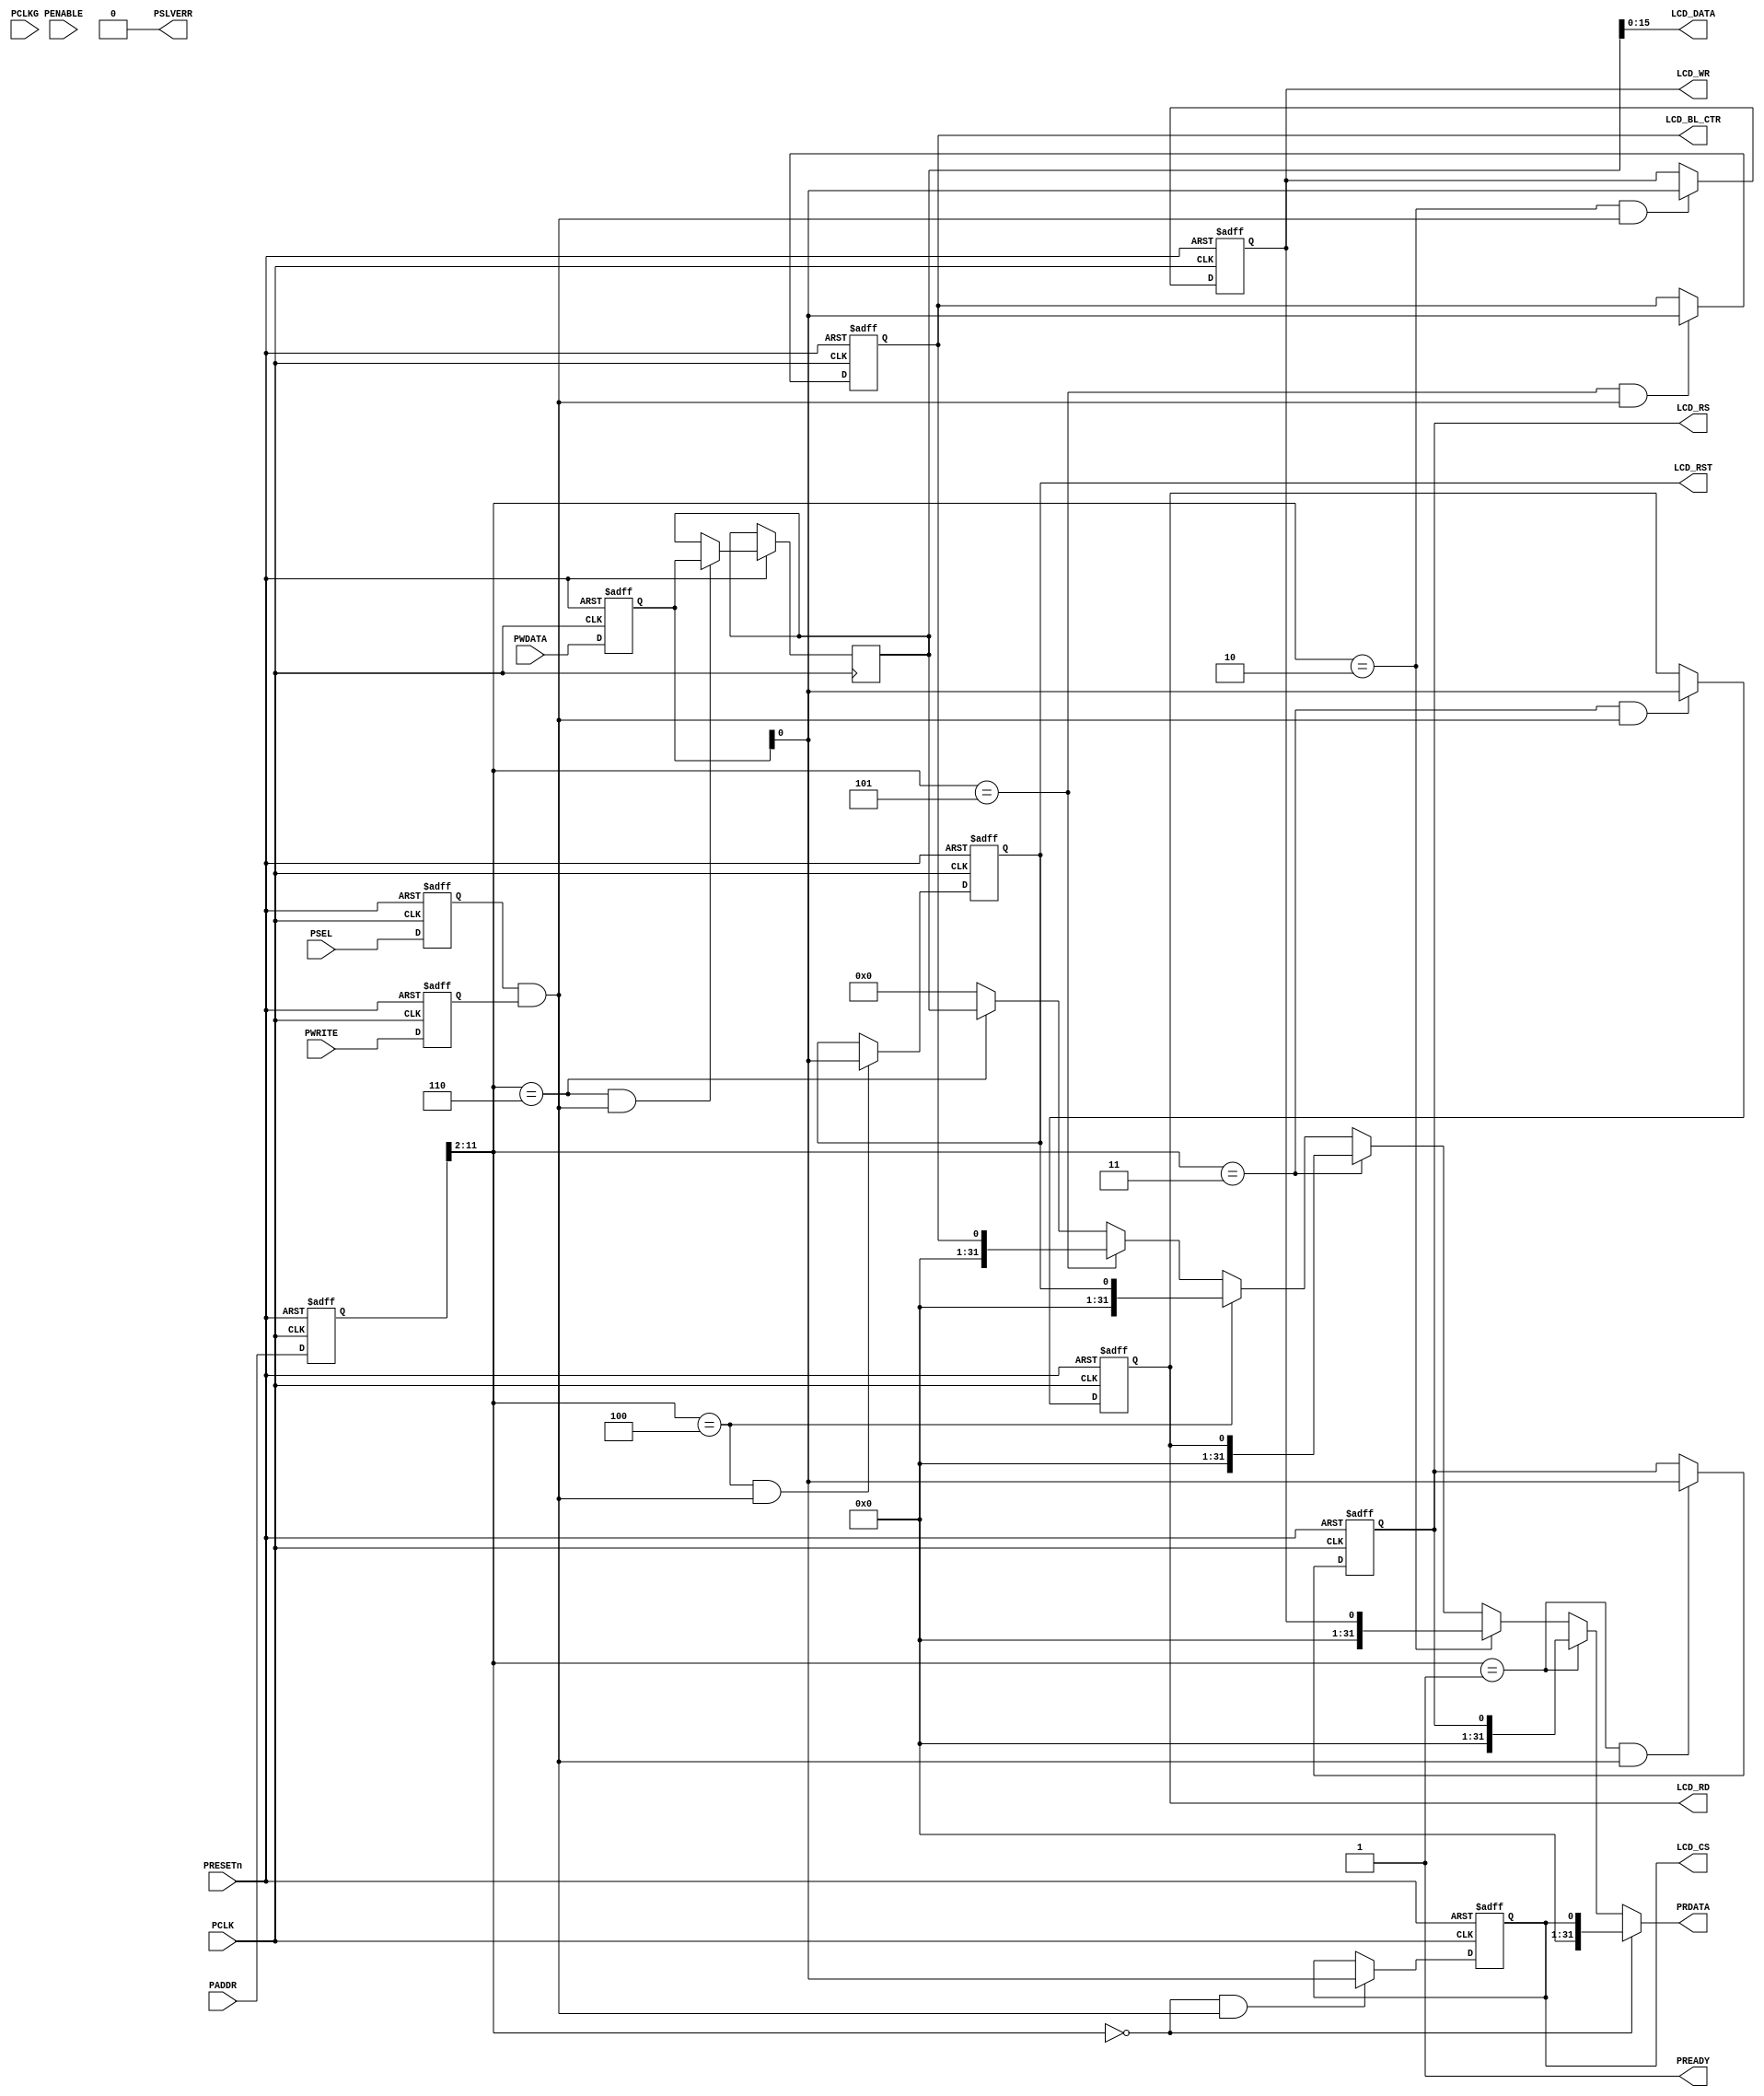
// ----------------------------------------------------------------------------
//  Version and control information:
//  File Revision       : 1.0.0
//  File Date           : 2022-05-13
// ----------------------------------------------------------------------------
// ----------------------------------------------------------------------------

//  Abstract : Meteorolite FPGA APB LCD9341 
//  
// ----------------------------------------------------------------------------
// ---------------------------------------------
// Programmer's model
// 0x00 RW LCD_CS_reg
// 0x04 RW LCD_RS_reg
// 0x08 RW LCD_WR_reg
// 0x0C RW LCD_RD_reg
// 0x10 RW LCD_RST_reg
// 0x14 RW LCD_BL_CTR_reg
// 0x18 RW LCD_DATA_reg
module APB_LCD_9341 (
    input  wire             PCLK,    // PCLK for timer operation
    input  wire             PCLKG,   // Gated clock
    input  wire             PRESETn, // Reset

    input  wire             PSEL,
    input  wire     [11:0]  PADDR,
    input  wire             PENABLE,
    input  wire             PWRITE,
    input  wire     [31:0]  PWDATA,

    output wire     [31:0]  PRDATA,
    output wire             PREADY,
    output wire             PSLVERR,

    output  wire                        LCD_CS,
    output  wire                        LCD_RS,
    output  wire                        LCD_WR,
    output  wire                        LCD_RD,
    output  wire                        LCD_RST,
    output  wire    [15:0]              LCD_DATA,
    output  wire                        LCD_BL_CTR
);

    assign PSLVERR = 1'b0;
    assign PREADY = 1'b1;


    // 
	reg 	   rPSEL;
	reg [11:0] rPADDR;
	reg		   rPWRITE;
    reg [31:0] rPWDATA;
	//
	always @(posedge PCLK or negedge PRESETn) begin
		if(!PRESETn)
			begin
				rPSEL	<= 1'b0;
				rPADDR	<= 32'h0;
				rPWRITE	<= 1'b0;
                rPWDATA <= 32'b0;
			end
		else
		begin
					rPSEL	<= PSEL;
					rPADDR	<= PADDR;
					rPWRITE	<= PWRITE;
                    rPWDATA <= PWDATA;
		end
	end


    wire read_en;
    assign read_en=rPSEL&(~rPWRITE);

    wire write_en;
    assign write_en=rPSEL&(rPWRITE);


    wire        LCD_CS_en;
    wire        LCD_RS_en;
    wire        LCD_WR_en;
    wire        LCD_RD_en;
    wire        LCD_RST_en;
    wire        LCD_BL_CTR_en;
    wire        LCD_DATA_en;

    assign LCD_CS_en        = (rPADDR[11:2] == 10'h0) & write_en;
    assign LCD_RS_en        = (rPADDR[11:2] == 10'h1) & write_en;
    assign LCD_WR_en        = (rPADDR[11:2] == 10'h2) & write_en;
    assign LCD_RD_en        = (rPADDR[11:2] == 10'h3) & write_en;
    assign LCD_RST_en       = (rPADDR[11:2] == 10'h4) & write_en;
    assign LCD_BL_CTR_en    = (rPADDR[11:2] == 10'h5) & write_en;
    assign LCD_DATA_en      = (rPADDR[11:2] == 10'h6) & write_en;

    reg              LCD_CS_reg;
    reg              LCD_RS_reg;
    reg              LCD_WR_reg;
    reg              LCD_RD_reg;
    reg              LCD_RST_reg;
    reg              LCD_BL_CTR_reg;
    reg   [31:0]     LCD_DATA_reg;
    

    always@(posedge PCLK or negedge PRESETn) begin
        if(~PRESETn) begin
            LCD_CS_reg <= 1'b0;
            LCD_RS_reg <= 1'b0;
            LCD_WR_reg <= 1'b0;
            LCD_RD_reg <= 1'b0;
            LCD_RST_reg <= 1'b0;
            LCD_BL_CTR_reg <= 32'b0;
        end 
        else begin
            if (LCD_CS_en) begin
                LCD_CS_reg <= rPWDATA[0];
            end
            if (LCD_RS_en) begin
                LCD_RS_reg <= rPWDATA[0];
            end
            if (LCD_WR_en) begin
                LCD_WR_reg <= rPWDATA[0];
            end
            if (LCD_RD_en) begin
                LCD_RD_reg <= rPWDATA[0];
            end
            if (LCD_RST_en) begin
                LCD_RST_reg <= rPWDATA[0];
            end
            if (LCD_BL_CTR_en) begin
                LCD_BL_CTR_reg <= rPWDATA[0];
            end
            //-----------------------------------------------
            //              DATA
            //-----------------------------------------------
            if (LCD_DATA_en) begin
                LCD_DATA_reg <= rPWDATA;
            end

        end
    end

//-------------------------------------------------------------------       
//                  HRDATA DECODER
//-------------------------------------------------------------------

assign PRDATA =  (      rPADDR[11:2] == 10'h0   ) ?  LCD_CS_reg           :   (         
                    (   rPADDR[11:2] == 10'h1   ) ?  LCD_RS_reg        :   (
                    (   rPADDR[11:2] == 10'h2   ) ?  LCD_WR_reg        :   (
                    (   rPADDR[11:2] == 10'h3   ) ?  LCD_RD_reg         :   (
                    (   rPADDR[11:2] == 10'h4   ) ?  LCD_RST_reg        :   (
                    (   rPADDR[11:2] == 10'h5   ) ?  LCD_BL_CTR_reg     :   (
                    (   rPADDR[11:2] == 10'h6   ) ?  LCD_DATA_reg       :   32'b0))))));

assign LCD_CS       = LCD_CS_reg;
assign LCD_RS       = LCD_RS_reg;
assign LCD_WR       = LCD_WR_reg;
assign LCD_RD       = LCD_RD_reg;
assign LCD_RST      = LCD_RST_reg;
assign LCD_BL_CTR   = LCD_BL_CTR_reg;
assign LCD_DATA     = LCD_DATA_reg[15:0];


endmodule //APB_LCD_9341